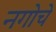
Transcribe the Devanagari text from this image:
नगोचे